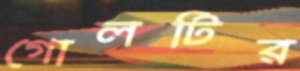
গোলটির